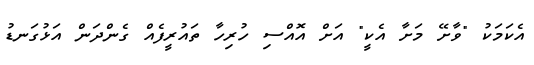
އެކަމަކު "ވާށޭ މަށާ އެކީ" އަށް އޮއްސި ހުރިހާ ތައުރީފެއް ގެންދަން އަޅުގަނޑު